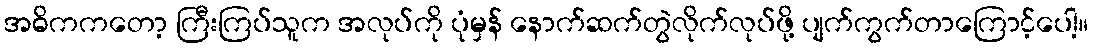
အဓိကကတော့ ကြီးကြပ်သူက အလုပ်ကို ပုံမှန် နောက်ဆက်တွဲလိုက်လုပ်ဖို့ ပျက်ကွက်တာကြောင့်ပေါ့။